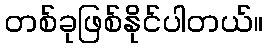
တစ်ခုဖြစ်နိုင်ပါတယ်။